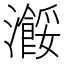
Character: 𤃠